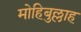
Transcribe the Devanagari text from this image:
मोहिबुल्लाह